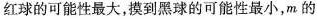
红球的可能性最大，摸到黑球的可能性最小，m的